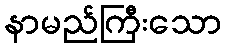
နာမည်ကြီးသော